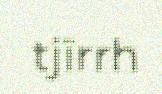
tjïrrh